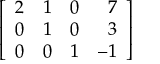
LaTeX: \left[ { \begin{array} { r r r r } { 2 } & { 1 } & { 0 } & { 7 } \\ { 0 } & { 1 } & { 0 } & { 3 } \\ { 0 } & { 0 } & { 1 } & { - 1 } \end{array} } \right]